Annual returns of the Patna Lunatic Asylum at Bankipore in Bihar and Orissa - 1912-1924
Year: 1912
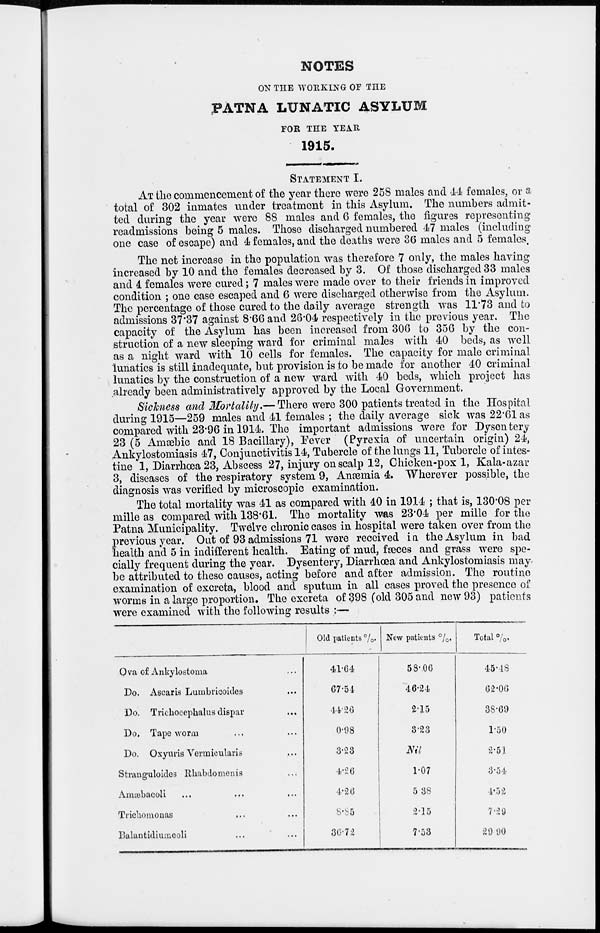
NOTES
ON THE WORKING OF THE
PATNA LUNATIC ASYLUM
FOR THE YEAR
1915.
STATEMENT I.
AT the commencement of the year there were 258 males and 44 females, or a
total of 302 inmates under treatment in this Asylum. The numbers admit-
ted during the year were 88 males and 6 females, the figures representing
readmissions being 5 males. Those discharged numbered 47 males (including
one case of escape) and 4 females, and the deaths were 36 males and 5 females.
The net increase in the population was therefore 7 only, the males having
increased by 10 and the females decreased by 3. Of those discharged 33 males
and 4 females were cured; 7 males were made over to their friends in improved
condition ; one case escaped and 6 were discharged otherwise from the Asylum.
The percentage of those cured to the daily average strength was 11.73 and to
admissions 37.37 against 8.66 and 26.04 respectively in the previous year. The
capacity of the Asylum has been increased from 306 to 356 by the con-
struction of a new sleeping ward for criminal males with 40 beds, as well
as a night ward with 10 cells for females. The capacity for male criminal
lunatics is still inadequate, but provision is to be made for another 40 criminal
lunatics by the construction of a new ward with 40 beds, which project has
already been administratively approved by the Local Government.
Sickness and Mortality.— There were 300 patients treated in the Hospital
during 1915—259 males and 41 females ; the daily average sick was 22.61 as
compared with 23.96 in 1914. The important admissions were for Dysentery
23 (5 Amœbic and 18 Bacillary), Fever (Pyrexia of uncertain origin) 24,
Ankylostomiasis 47, Conjunctivitis 14, Tubercle of the lungs 11, Tubercle of intes-
tine 1, Diarrhœa 23, Abscess 27, injury on scalp 12, Chicken-pox 1, Kala-azar
3, diseases of the respiratory system 9, Anæmia 4. Wherever possible, the
diagnosis was verified by microscopic examination.
The total mortality was 41 as compared with 40 in 1914 ; that is, 130.08 per
mille as compared with 138.61. The mortality was 23.04 per mille for the
Patna Municipality. Twelve chronic cases in hospital were taken over from the
previous year. Out of 93 admissions 71 were received in the Asylum in bad
health and 5 in indifferent health. Eating of mud, fæces and grass were spe-
cially frequent during the year. Dysentery, Diarrhoea and Ankylostomiasis may
be attributed to these causes, acting before and after admission. The routine
examination of excreta, blood and sputum in all cases proved the presence of
worms in a large proportion. The excreta of 398 (old 305 and new 93) patients
were examined with the following results :—
Ova of Ankylostoma ...
Do. Ascaris Lumbricoides ...
Do. Trichocephalus dispar ...
Do. Tape worm ... ...
Do. Oxyuris Vermicularis ...
Stranguloides Rhabdomenis ...
Amæbacoli ... ... ...
Trichomonas ... ...
Balantidiumcoli ... ...
Old patients %.
41.64
67.54
14.26
0.98
3.23
4.26
4.26
8.85
36.72
New patients %.
58.06
46.24
2.15
3.23
Nil
1.07
5.38
2.15
7.53
Total %.
45. 18
62.06
38.69
1.50
2.51
3.54
1.52
7.29
29.90